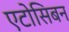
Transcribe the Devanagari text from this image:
एटोसिबन